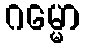
ဂမ္မော